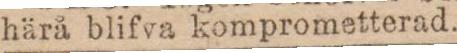
härå blifva komprometterad.